Vaccination in Bombay 1889-1901 - 1889-1901
Year: 1889
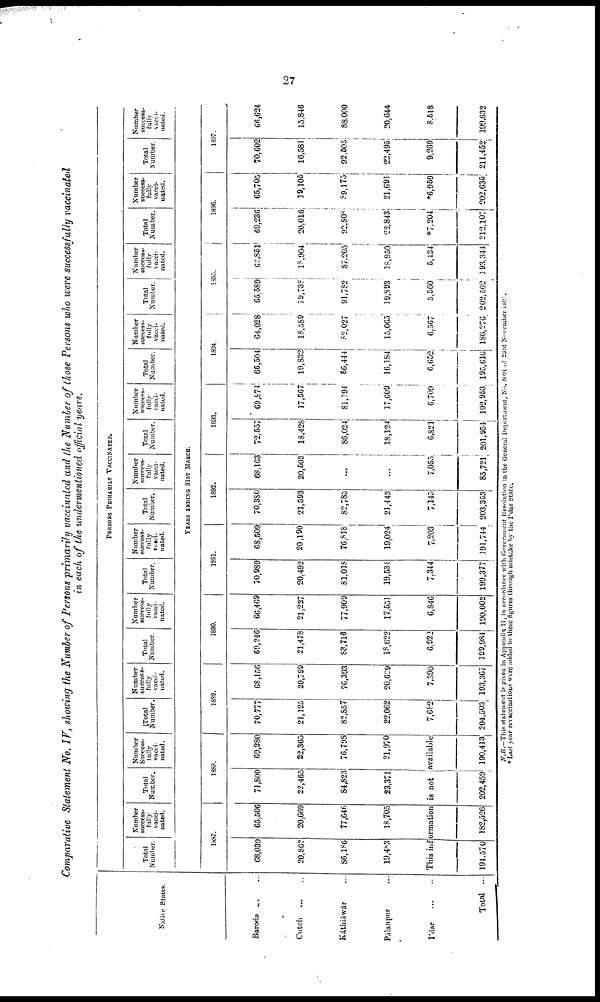
27
Comparative Statement No. IV, showing the Number of Persons primarily vaccinated and the Number of those Persons who were successfully vaccinated
in each of the undermentioned official years.
Native States.
Baroda ... ...
Cutch ... ...
Káthiáwár ...
Pálanpur ...
I'dar
...
...
Total ...
PERSONS PRIMARILY VACCINATED.
Total
Number.
Number
success-
fully
vacci-
nated.
Total
Number.
Number
Success¬
fully
vacci-
nated.
Total
Number.
Number
success-
fully
vacci-
nated.
Total
Number.
Number
success-
fully
vacci-
nated.
Total
Number.
Number
success-
fully
vacci¬
nated.
Total
Number.
Number
success-
fully
vacci-
nated.
Total
Number.
Number
success-
fully
vacci-
nated.
Total
Number.
Number
success-
fully
vacci-
nated.
Total
Number.
Number
success-
fully
vacci-
nated.
Total
Number.
Number
success-
fully
vacci-
nated.
Total
Number.
Number
success-
fully
vacci-
nated.
YEARS ENDING 31ST MARCH.
1887.
68,039
20,862
86,186
19,483
65,506
20,669
77,646
18,705
1888.
71,800
22,465
84,823
23,371
69,280
22,365
76,798
21,970
This information is not available
194,570 182,526 202,459 190,413
1889.
70,777
21,125
82,857
22,062
7,682
204,503
68,156
20,799
76,393
20,629
7,390
193,367
1890.
69,246
21,478
83,716
18,622
6,922
199,984
66,469
21,227
77,909
17,551
6,846
190,002
1891.
70,989
20,492
81,018
19,534
7,344
199,377
68,509
20,190
76,818
19,024
7,203
191,744
1892.
70,380
21,593
82,783
21,443
7,145
203,353
68,163
20,503
...
...
7,055
85,721
1893.
72,557
18,428
86,024
18,124
6,821
201,954
69,874
17,567
81,194
17,009
6,709
192,953
1894.
66,504
19,832
86,444
16,184
6,652
195,616
64,028
18,589
82,027
15,065
6,567
186,276
1895.
65,589
19,738
91,782
19,893
5,560
202,562
62,851
18,904
87,205
18,950
5,434
193,344
1896.
69,236
20,016
92,808
22,843
*7,204
212,107
65,705
19,105
89,175
21,691
*6,959
202,635
1897.
70,602
16,581
92,505
22,495
9,269
211,452
66,624
15,846
88,000
20,644
8,518
199,632
N.B.—This statement is given in Appendix II, in accordance with Government Resolution in the General Department, No. 5091 of 23rd November 1895.
* Last year revaccinations were added to these figures through mistake by the I'dar State.